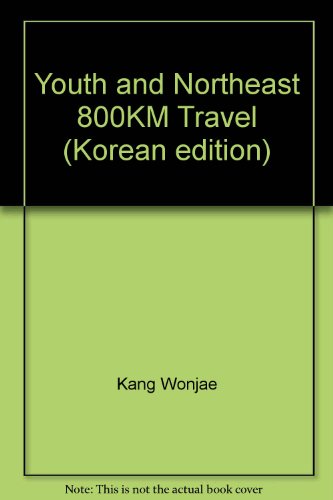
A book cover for Youth and Northeast 800KM Travel (Korean edition); Travel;